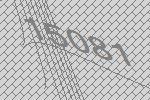
15081